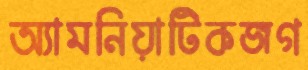
অ্যামনিয়াটিকজগ